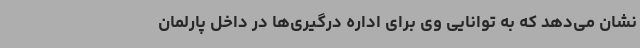
نشان می‌دهد که به توانایی وی برای اداره درگیری‌ها در داخل پارلمان